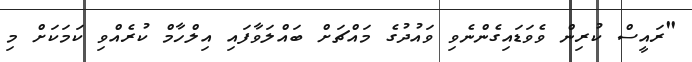
"ރައީސް ކުރިން ވެވަޑައިގެންނެވި ވައުދުގެ މައްޗަށް ބައްލަވާފައި އިލްހާމް ކުރެއްވި ކަމަކަށް މި